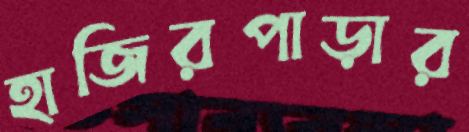
হাজিরপাড়ার